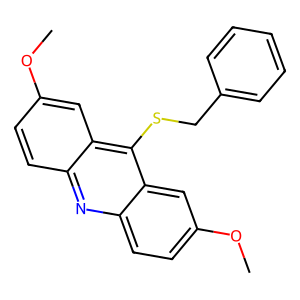
SMILES: COc1ccc2nc3ccc(OC)cc3c(SCc3ccccc3)c2c1
Inhibits HIV replication: No